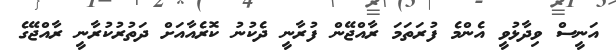
އަނީސް ވިދާޅުވީ އެންމެ ފުރަތަމަ ރާއްޖޭން ފުރާނީ ދެކުނު ކޮރެއާއަށް ދަތުރުކުރާނީ ރާއްޖޭގެ